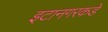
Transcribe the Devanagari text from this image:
इटानगरकडे